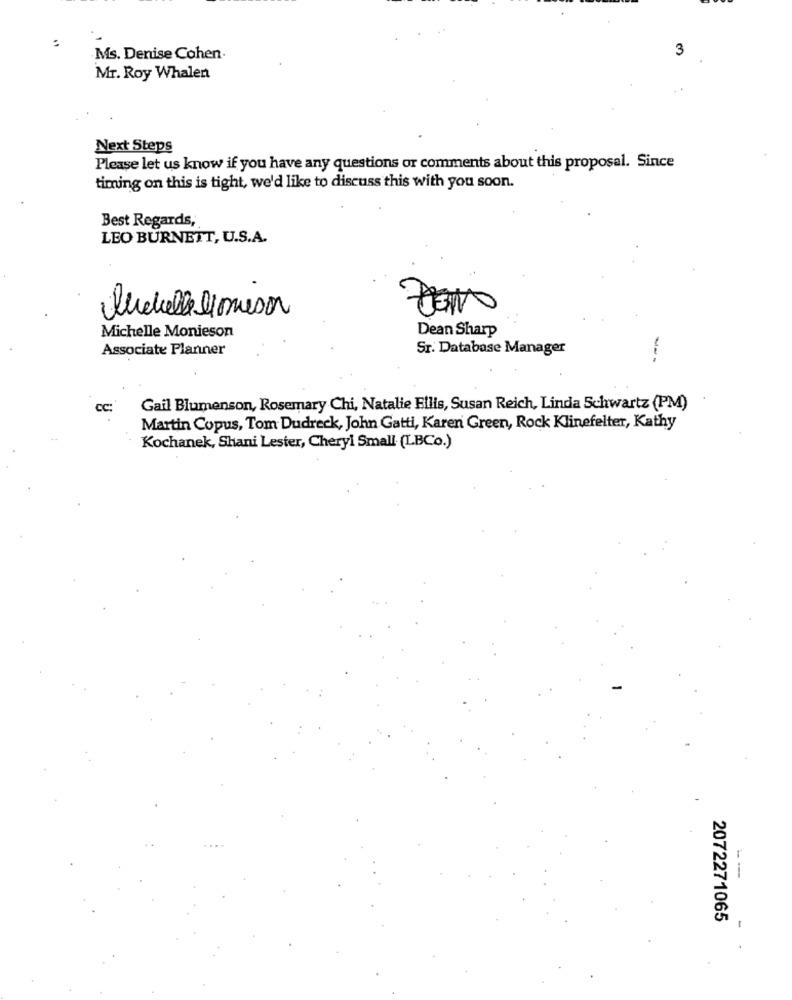
:
Ms. Denise Cohen.
Mr. Roy Whalen
Next Steps
Please let us know if you have any questions or comments about this proposal. Since
timing on this is tight, we'd like to discuss this with you soon.
Best Regards,
LEO BURNETT, U.S.A.
Quecelle Homeson
Michelle Monieson
Dean Sharp
Associate Planner
Sr. Database Manager
CC:
Gail Blumenson, Rosemary Chi, Natalie Ellis, Susan Reich, Linda Schwartz (PM)
Martin Copus, Tom Dudreck, John Gatti, Karen Green, Rock Klinefelter, Kathy
Kochanek, Shani Lester, Cheryl Small (LBCo.)
----
2072271065